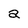
Character: a